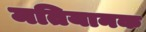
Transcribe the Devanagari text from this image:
मतियानक